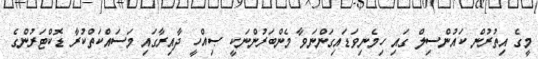
މީގެ އިތުރުން ކައުންސިލް ގައި ހިމެނިވަޑައިގަންނަވާ މެންބަރުންނަކީ ޞިއްހީ ދާއިރާގައި މަސައްކަތްކުރާ ޑޮކްޓަރުންގެ